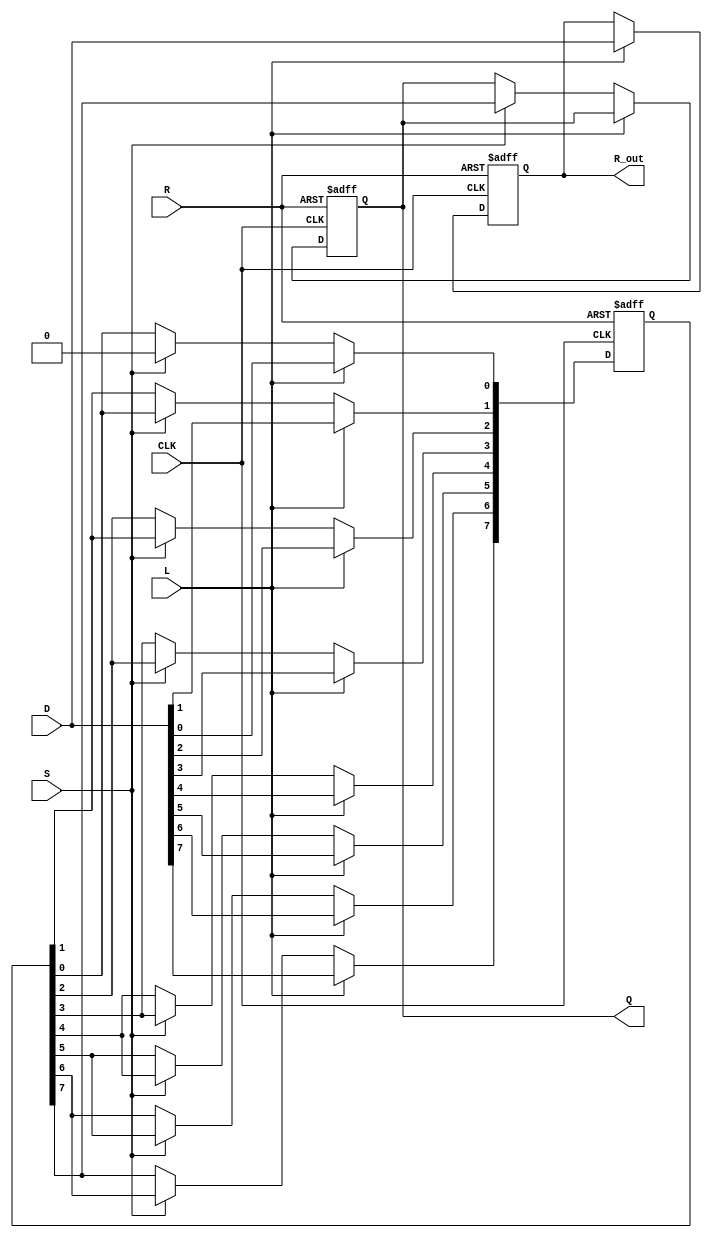
module PISO_Register #(
    parameter WIDTH = 8  // Define the width of the register
)(
    input wire [WIDTH-1:0] D,   // Data input bus
    input wire L,                // Load control signal
    input wire S,                // Shift control signal
    input wire CLK,              // Clock signal
    input wire R,                // Asynchronous reset
    output reg Q,                // Serial output
    output reg [WIDTH-1:0] R_out // Full register output
);

    reg [WIDTH-1:0] shift_reg;   // Internal register storage
    integer i;                   // Loop variable for shifting

    // Asynchronous reset
    always @(posedge CLK or posedge R) begin
        if (R) begin
            shift_reg <= {WIDTH{1'b0}}; // Clear the register
            R_out <= {WIDTH{1'b0}};     // Clear the full register output
            Q <= 1'b0;                  // Clear the serial output
        end else begin
            if (L) begin
                shift_reg <= D;         // Load data into the register
                R_out <= D;             // Update full register output
            end else if (S) begin
                // Shift operation
                Q <= shift_reg[WIDTH-1]; // Output the MSB
                // Shift the register right
                for (i = WIDTH-1; i > 0; i = i - 1) begin
                    shift_reg[i] <= shift_reg[i-1];
                end
                shift_reg[0] <= 1'b0; // Optional: Shift in a 0
            end
        end
    end

endmodule